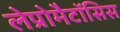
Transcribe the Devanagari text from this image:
लेप्रोमैटॉसिस